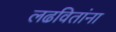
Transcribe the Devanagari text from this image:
लढवितांना